Leaving Certificate Examination, 1913
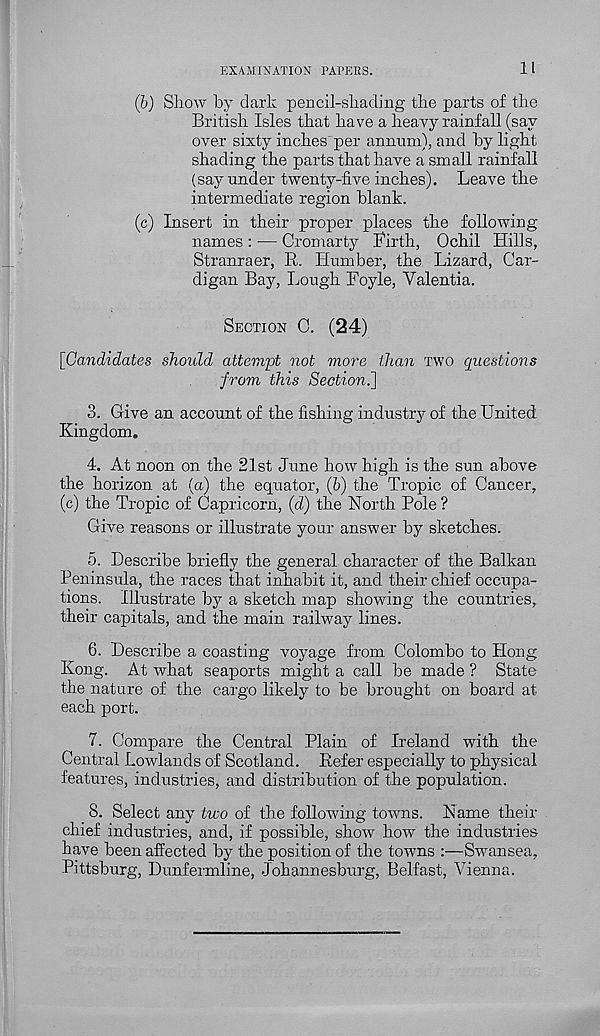
EXAMINATION PAPEES.
11
(b) Show by dark pencil-shading the parts of the
British Isles that have a heavy rainfall (say
over sixty inches' per annum), and by light
shading the parts that have a small rainfall
(say under twenty-five inches). Leave the
intermediate region blank.
(c) Insert in their proper places the following-
names : — Cromarty Birth, Ochil Hills,
Stranraer, R. Humber, the Lizard, Car-
digan Bay, Lough Foyle, Yalentia.
SECTION C. (24)
[Candidates should attempt not more than TWO questions
from this Section.]
3. Give an account of the fishing industry of the United
Kingdom.
4. At noon on the 21st June how high is the sun above
the horizon at (a) the equator, (b) the Tropic of Cancer,
(c) the Tropic of Capricorn, (d) the North Pole ?
Give reasons or illustrate your answer by sketches.
5. Describe briefly the general character of the Balkan
Peninsula, the races that inhabit it, and their chief occupa-
tions. Illustrate by a sketch map showing the countries,
their capitals, and the main railway lines.
6. Describe a coasting voyage from Colombo to Hong
Kong. At what seaports might a call be made ? State
the nature of the cargo likely to be brought on board at
each port.
7. Compare the Central Plain of Ireland with the
Central Lowlands of Scotland. Refer especially to physical
features, industries, and distribution of the population.
8. Select any two of the following towns. Name their
chief industries, and, if possible, show how the industries
have been affected by the position of the towns :—Swansea,
Pittsburg, Dunfermline, Johannesburg, Belfast, Vienna.